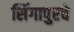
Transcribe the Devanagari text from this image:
सिंगापुरचे